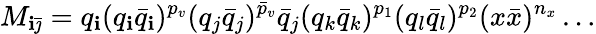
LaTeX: M_{\mathbf{i}\bar{{\jmath}}}=q_{\mathbf{i}}(q_{\mathbf{i}}\bar{{q}}_{\mathbf{i}})^{p_{v}}(q_{j}\bar{{q}}_{j})^{\bar{{p}}_{v}}\bar{{q}}_{j}(q_{k}\bar{{q}}_{k})^{p_{1}}(q_{l}\bar{{q}}_{l})^{p_{2}}(x\bar{{x}})^{n_{x}}\ldots